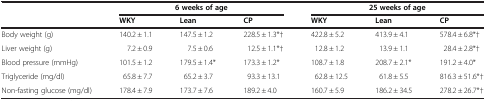
|  | <COLSPAN=3> 6 weeks of age | <COLSPAN=3> 25 weeks of age |
 |  | WKY | Lean | CP | WKY | Lean | CP |
 | --- | --- | --- | --- | --- | --- | --- |
 | Body weight (g) | 140.2 ± 1.1 | 147.5 ± 1.2 | 228.5 ± 1.3*† | 422.8 ± 5.2 | 413.9 ± 4.1 | 578.4 ± 6.8*† |
 | Liver weight (g) | 7.2 ± 0.9 | 7.5 ± 0.6 | 12.5 ± 1.1*† | 12.8 ± 1.2 | 13.9 ± 1.1 | 28.4 ± 2.8*† |
 | Blood pressure (mmHg) | 101.5 ± 1.2 | 179.5 ± 1.4* | 173.3 ± 1.2* | 108.7 ± 1.8 | 208.7 ± 2.1* | 191.2 ± 4.0* |
 | Triglyceride (mg/dl) | 65.8 ± 7.7 | 65.2 ± 3.7 | 93.3 ± 13.1 | 62.8 ± 12.5 | 61.8 ± 5.5 | 816.3 ± 51.6*† |
 | Non-fasting glucose (mg/dl) | 178.4 ± 7.9 | 173.7 ± 7.6 | 189.2 ± 4.0 | 160.7 ± 5.9 | 186.2 ± 34.5 | 278.2 ± 26.7*† |